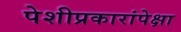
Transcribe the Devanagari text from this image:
पेशीप्रकारांपेक्षा